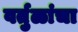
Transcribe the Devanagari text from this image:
वर्तुळांचा